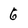
Character: 6